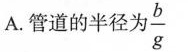
A.管道的半径为 \frac{b}{g}